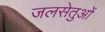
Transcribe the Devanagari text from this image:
जलसेतुओं